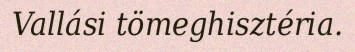
Vallási tömeghisztéria.